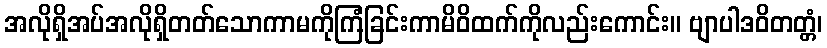
အလိုရှိအပ်အလိုရှိတတ်သောကာမကိုကြံခြင်းကာမိဝိထက်ကိုလည်းကောင်း။ ဗျာပါဒဝိတတ္တံ၊